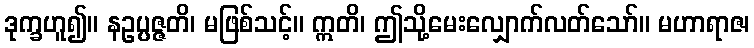
ဒုက္ခဟူ၍။ နဥပ္ပဇ္ဇတိ၊ မဖြစ်သင့်။ ဣတိ၊ ဤသို့မေးလျှောက်လတ်သော်။ မဟာရာဇ၊